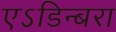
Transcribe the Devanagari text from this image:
एऽडिन्बरा